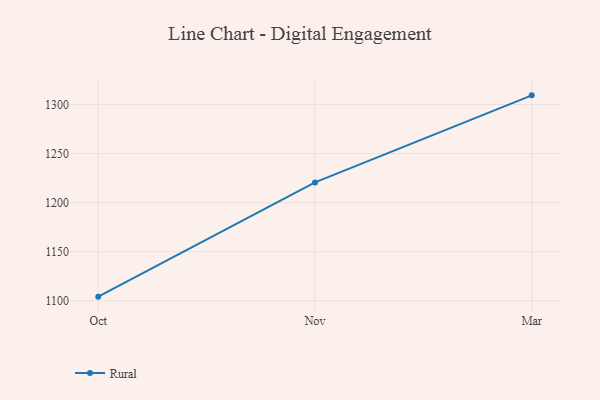
{"axis": {"x": "Month", "y": "Energy Usage (MWh)"}, "legend": ["Rural"], "data": [{"x": "Oct", "y": 1104.2, "type": "Rural"}, {"x": "Nov", "y": 1220.6, "type": "Rural"}, {"x": "Mar", "y": 1309.3, "type": "Rural"}]}